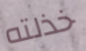
خذلته